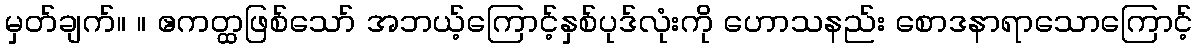
မှတ်ချက်။ ။ ဧကတ္ထဖြစ်သော် အဘယ့်ကြောင့်နှစ်ပုဒ်လုံးကို ဟောသနည်း စောဒနာရာသောကြောင့်